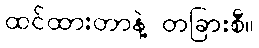
ထင်ထားတာနဲ့ တခြားစီ။